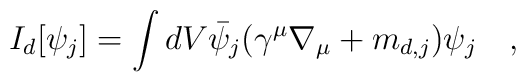
I_{d}[\psi_j]= \int dV \bar{\psi}_{j}(\gamma^\mu\nabla_\mu+m_{d,j})\psi_j~~~,